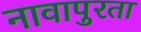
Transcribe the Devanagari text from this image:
नावापुरता